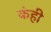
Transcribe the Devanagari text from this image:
कंही